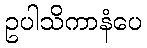
ဥပါသိကာနံပေ